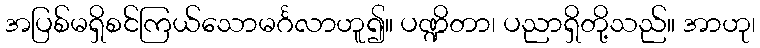
အပြစ်မရှိစင်ကြယ်သောမင်္ဂလာဟူ၍။ ပဏ္ဍိတာ၊ ပညာရှိတို့သည်။ အာဟု၊